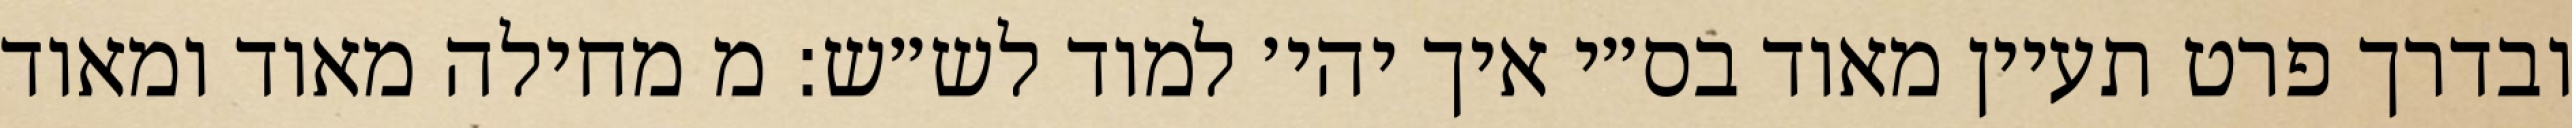
ובדרך פרט תעיין מאוד בס״י איך יהי׳ למוד לש״ש: מ מחילה מאוד ומאוד